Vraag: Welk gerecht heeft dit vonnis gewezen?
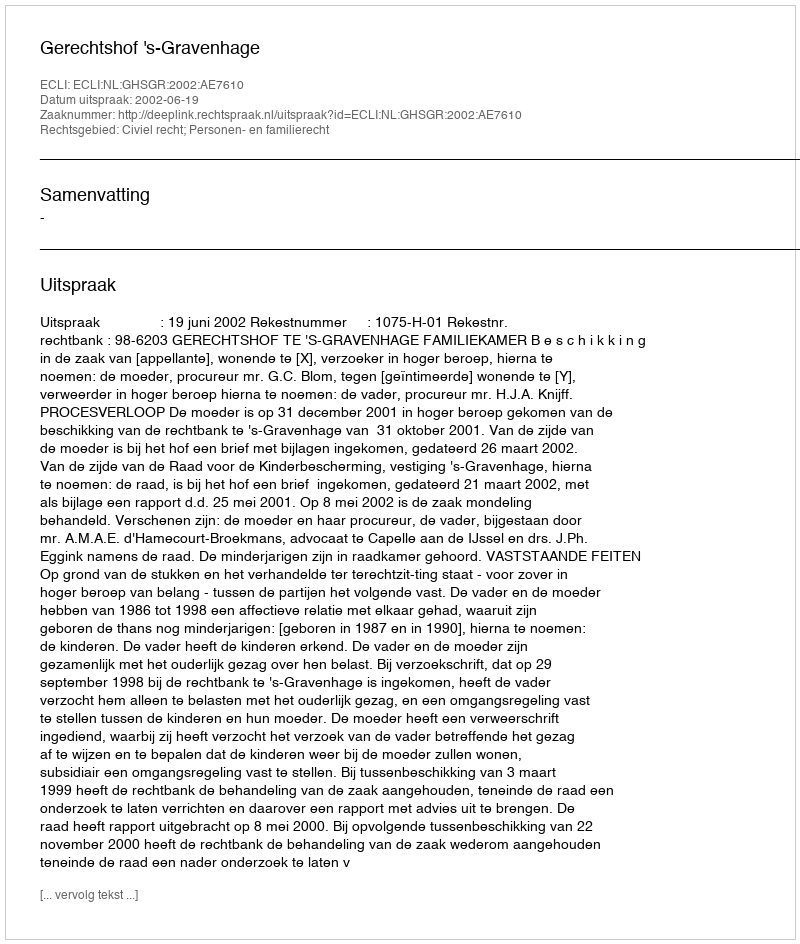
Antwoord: Gerechtshof 's-Gravenhage